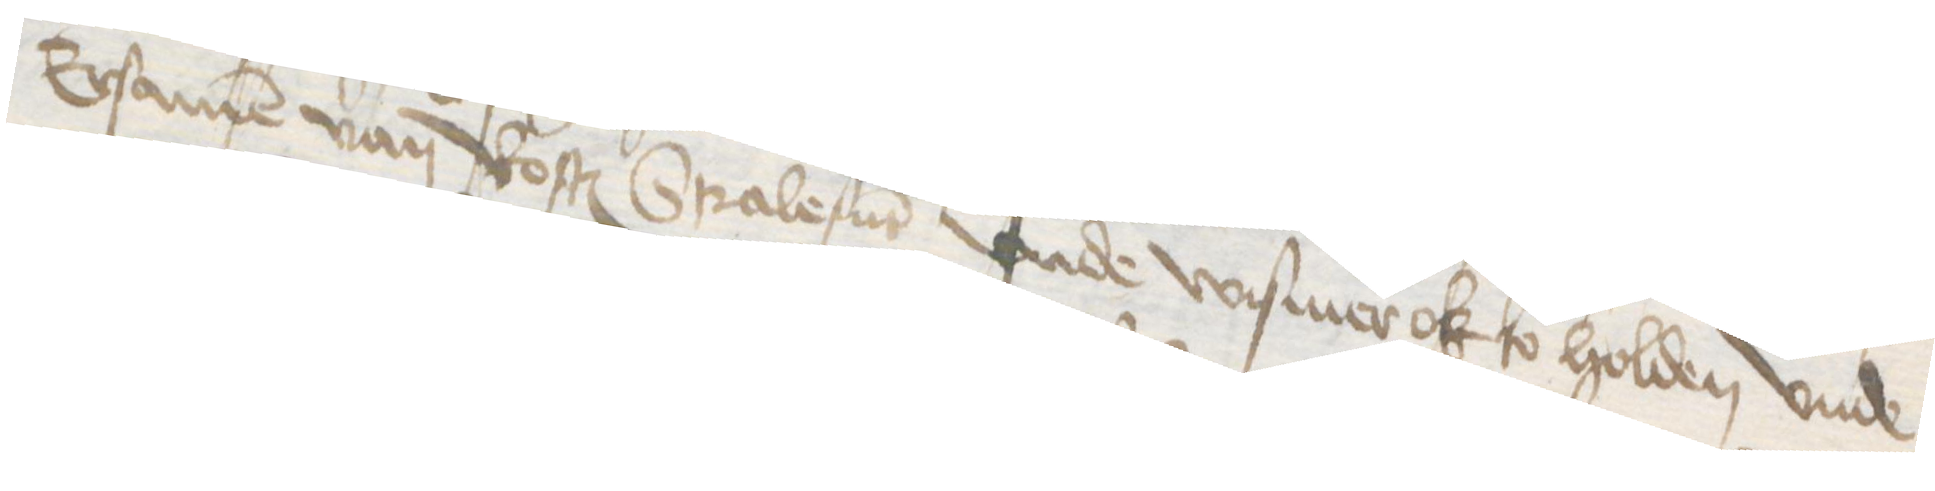
Ersamen van Rostock Stralesunt vnde Wismer ok so holden vnde